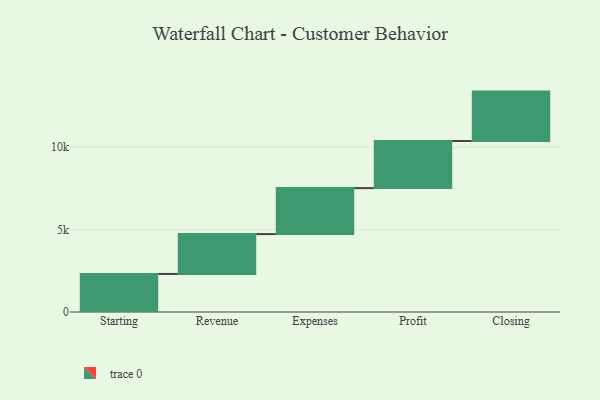
{"axis": {"x": "Step", "y": "Value"}, "legend": [""], "data": [{"x": "Starting", "y": 2309.0, "type": ""}, {"x": "Revenue", "y": 2420.0, "type": ""}, {"x": "Expenses", "y": 2790.0, "type": ""}, {"x": "Profit", "y": 2857.0, "type": ""}, {"x": "Closing", "y": 3000, "type": ""}]}